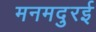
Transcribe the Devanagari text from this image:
मनमदुरई